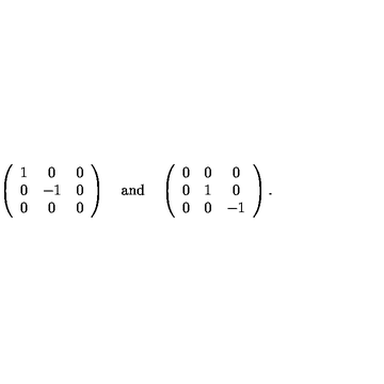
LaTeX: \left( \begin{array} { c c c } { 1 } & { 0 } & { 0 } \\ { 0 } & { - 1 } & { 0 } \\ { 0 } & { 0 } & { 0 } \\ \end{array} \right) \quad \mathrm { a n d } \quad \left( \begin{array} { c c c } { 0 } & { 0 } & { 0 } \\ { 0 } & { 1 } & { 0 } \\ { 0 } & { 0 } & { - 1 } \\ \end{array} \right) .